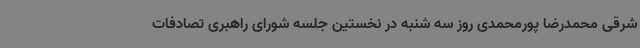
شرقی محمدرضا پورمحمدی روز سه شنبه در نخستین جلسه شورای راهبری تصادفات